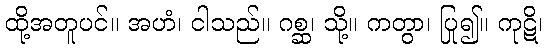
ထို့အတူပင်။ အဟံ၊ ငါသည်။ ဂစ္ဆ၊ သို့။ ကတွာ၊ ပြု၍။ ကုဋိ၊